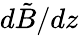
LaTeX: d\tilde{B}/dz